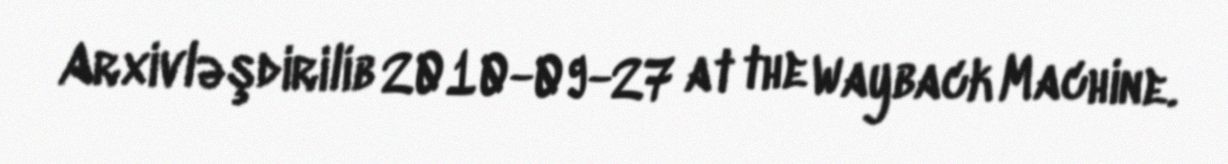
Arxivləşdirilib 2010-09-27 at the Wayback Machine.